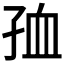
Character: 𡥠